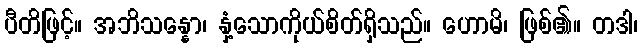
ပီတိဖြင့်။ အဘိသန္နော၊ နှံ့သောကိုယ်စိတ်ရှိသည်။ ဟောမိ၊ ဖြစ်၏။ တဒါ၊